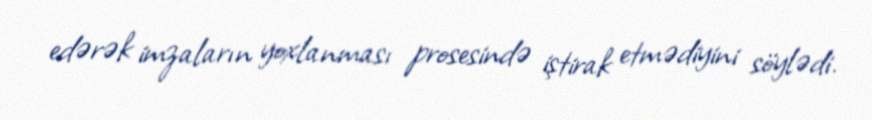
edərək imzaların yoxlanması prosesində iştirak etmədiyini söylədi.